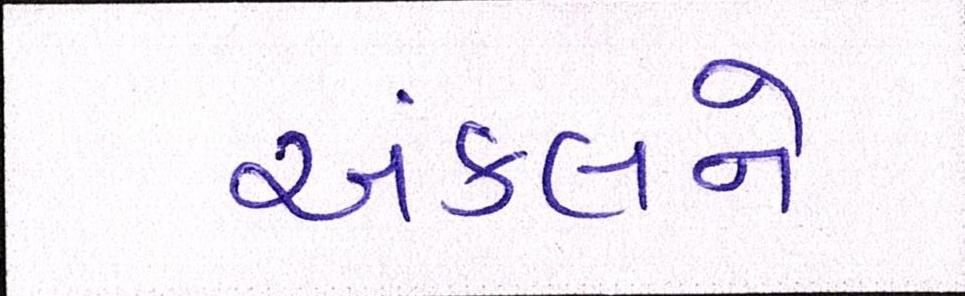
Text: અંકલને